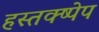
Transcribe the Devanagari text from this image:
हस्तक्ष्पेप